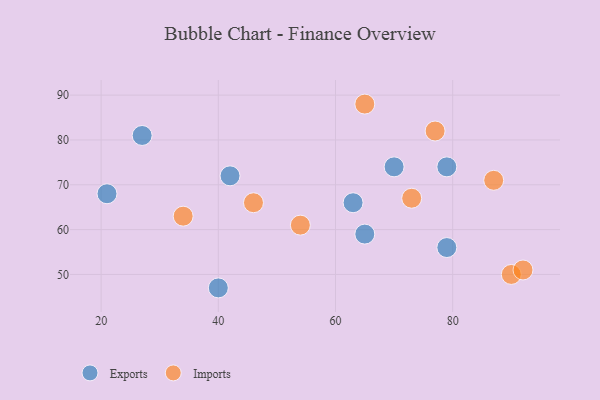
{"axis": {"x": "GDP", "y": "Life Expectancy"}, "legend": ["Exports", "Imports"], "data": [{"x": "40", "y": 47, "type": "Exports"}, {"x": "65", "y": 59, "type": "Exports"}, {"x": "21", "y": 68, "type": "Exports"}, {"x": "42", "y": 72, "type": "Exports"}, {"x": "79", "y": 74, "type": "Exports"}, {"x": "63", "y": 66, "type": "Exports"}, {"x": "70", "y": 74, "type": "Exports"}, {"x": "79", "y": 56, "type": "Exports"}, {"x": "27", "y": 81, "type": "Exports"}, {"x": "65", "y": 88, "type": "Imports"}, {"x": "73", "y": 67, "type": "Imports"}, {"x": "77", "y": 82, "type": "Imports"}, {"x": "34", "y": 63, "type": "Imports"}, {"x": "46", "y": 66, "type": "Imports"}, {"x": "90", "y": 50, "type": "Imports"}, {"x": "87", "y": 71, "type": "Imports"}, {"x": "92", "y": 51, "type": "Imports"}, {"x": "54", "y": 61, "type": "Imports"}]}